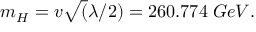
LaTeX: m _ { H } = v \sqrt ( \lambda / 2 ) = 2 6 0 . 7 7 4 \; G e V .